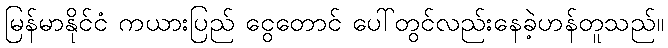
မြန်မာနိုင်ငံ ကယားပြည် ငွေတောင် ပေါ်တွင်လည်းနေခဲ့ဟန်တူသည်။